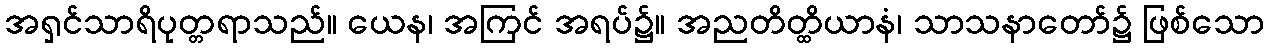
အရှင်သာရိပုတ္တရာသည်။ ယေန၊ အကြင် အရပ်၌။ အညတိတ္ထိယာနံ၊ သာသနာတော်၌ ဖြစ်သော